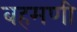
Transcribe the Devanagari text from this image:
बहमणी